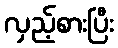
လှည့်စားပြီး